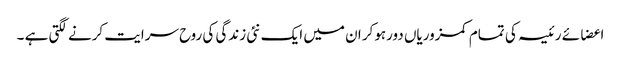
اعضائے رئیسہ کی تمام کمزوریاں دورہوکر ان میں ایک نئی زندگی کی روح سرایت کرنے لگتی ہے ۔